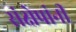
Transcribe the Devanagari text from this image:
संक्षेपांनी